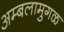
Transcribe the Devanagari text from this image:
अम्बलामुगळ